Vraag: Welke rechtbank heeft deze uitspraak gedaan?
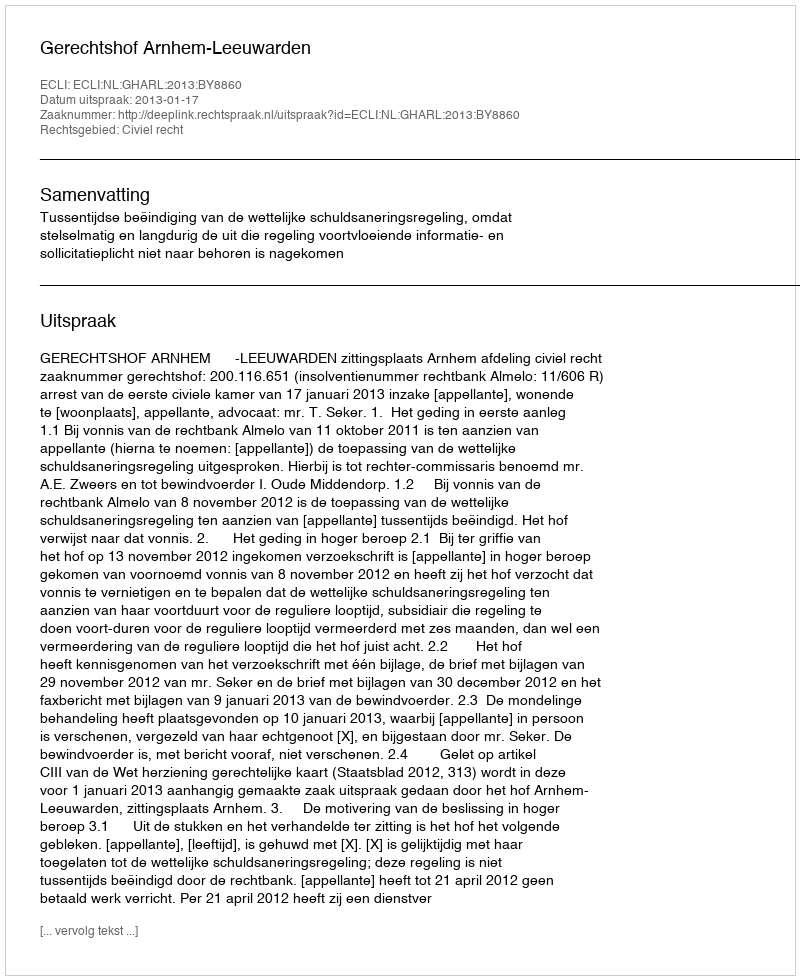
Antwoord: Gerechtshof Arnhem-Leeuwarden